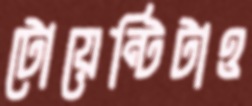
টোয়েন্টিটাও